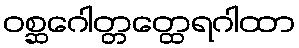
ဝစ္ဆဂေါတ္တတ္ထေရဂါထာ